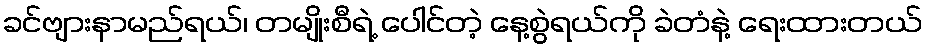
ခင်ဗျားနာမည်ရယ်၊ တမျိုးစီရဲ့ ပေါင်တဲ့ နေ့စွဲရယ်ကို ခဲတံနဲ့ ရေးထားတယ်